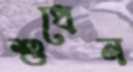
শুধেন